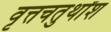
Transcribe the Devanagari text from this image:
वृत्तचतुर्थांश